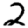
Digit: 2